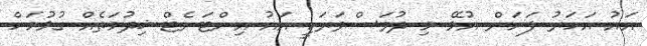
އައު އަހަރު ފަށަން އުޅޭ މި ދުވަސްވަރަކީ އައު އިންޓަނެޓް ޚިދުމަތެއް ގުޅުމަށް